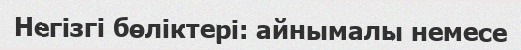
Негізгі бөліктері: айнымалы немесе